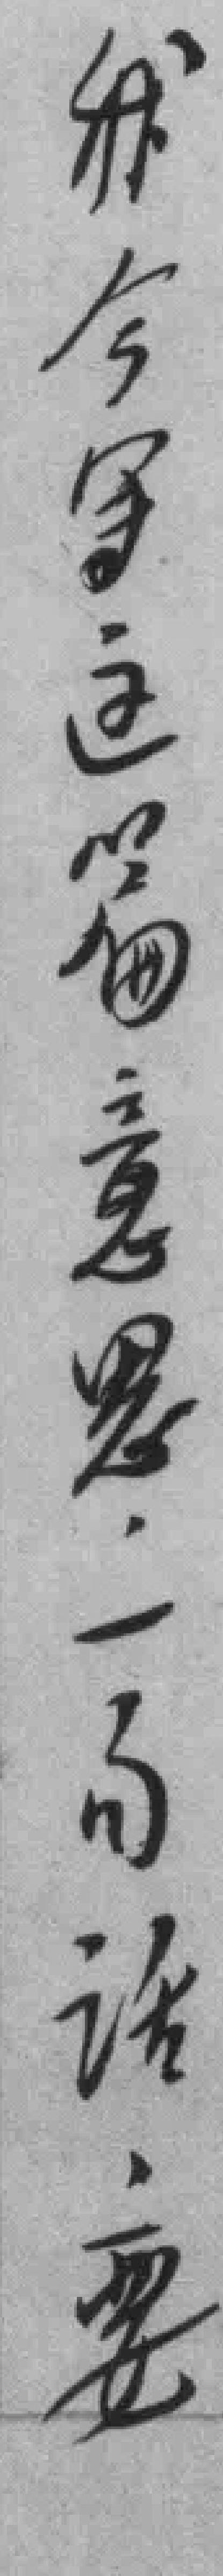
我今写这篇意思一句话要